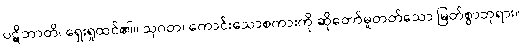
ပဋိဘာတိ၊ ရှေးရှုထင်၏။ သုဂတ၊ ကောင်းသောစကားကို ဆိုတော်မူတတ်သော မြတ်စွာဘုရား။